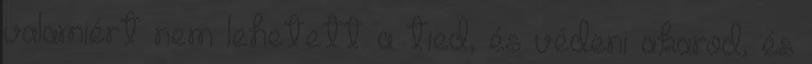
valamiért nem lehetett a tied, és védeni akarod, és